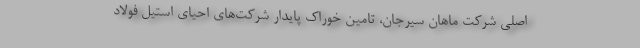
اصلی شرکت ماهان سیرجان، تامین خوراک پایدار شرکت‌های احیای استیل فولاد